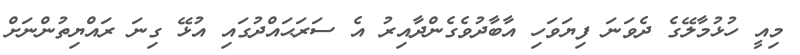
މިއީ ހުޅުމާލޭގެ ދެވަނަ ފިޔަވަހި އާބާދުވެގެންދާއިރު އެ ސަރަޙައްދުގައި އުޅޭ ގިނަ ރައްޔިތުންނަށް